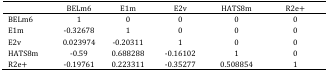
|  | BELm6 | E1m | E2v | HATS8m | R2e+ |
 | --- | --- | --- | --- | --- | --- |
 | BELm6 | 1 | 0 | 0 | 0 | 0 |
 | E1m | -0.32678 | 1 | 0 | 0 | 0 |
 | E2v | 0.023974 | -0.20311 | 1 | 0 | 0 |
 | HATS8m | -0.59 | 0.688288 | -0.16102 | 1 | 0 |
 | R2e+ | -0.19761 | 0.223311 | -0.35277 | 0.508854 | 1 |